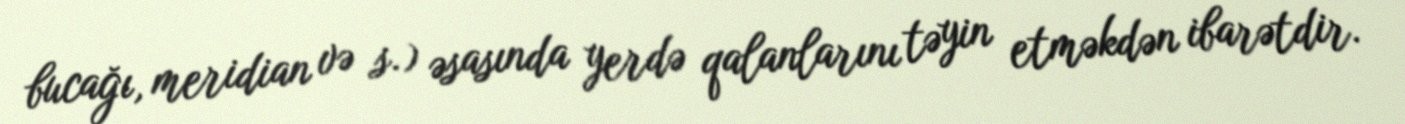
bucağı, meridian və s.) əsasında yerdə qalanlarını təyin etməkdən ibarətdir.